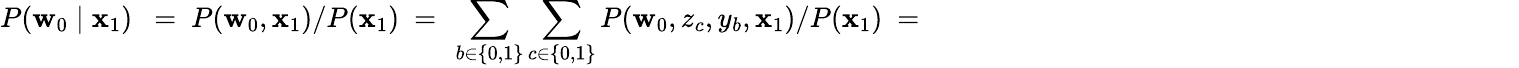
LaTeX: P(\mathbf{w}_{0}\mid\mathbf{x}_{1})~{~=~P(\mathbf{w}_{0},\mathbf{x}_{1})/P(\mathbf{x}_{1})\ =~\sum_{b\in\{ 0,1\} }\sum_{c\in\{ 0,1\} }P(\mathbf{w}_{0},z_{c},y_{b},\mathbf{x}_{1})/P(\mathbf{x}_{1})\ =~\phantom{\sum_{b\in\{ 0,1\} }\sum_{c\in\{ 0,1\} }P(\mathbf{w}_{0}\midz_{c})P(z_{c}\midy_{b})P(y_{b}\mid\mathbf{x}_{1})}}